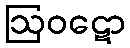
ဩဝဋော